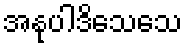
အနုပါဒိသေသေ